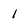
Character: 1